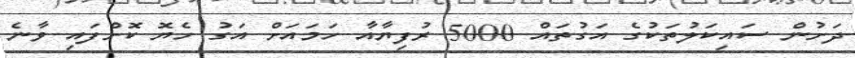
ދަށުން ސައިކަލުތަކުގެ އަގުތައް 5000 ރުފިޔާއާ ހަމައަށް އަގު ހެޔޮ ކޮށްފައި ވާނެ